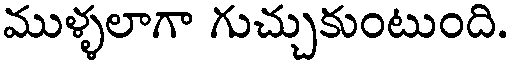
ముళ్ళలాగా గుచ్చుకుంటుంది.